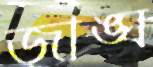
জাঙ্ঘ